Annual report on the health of the army in India
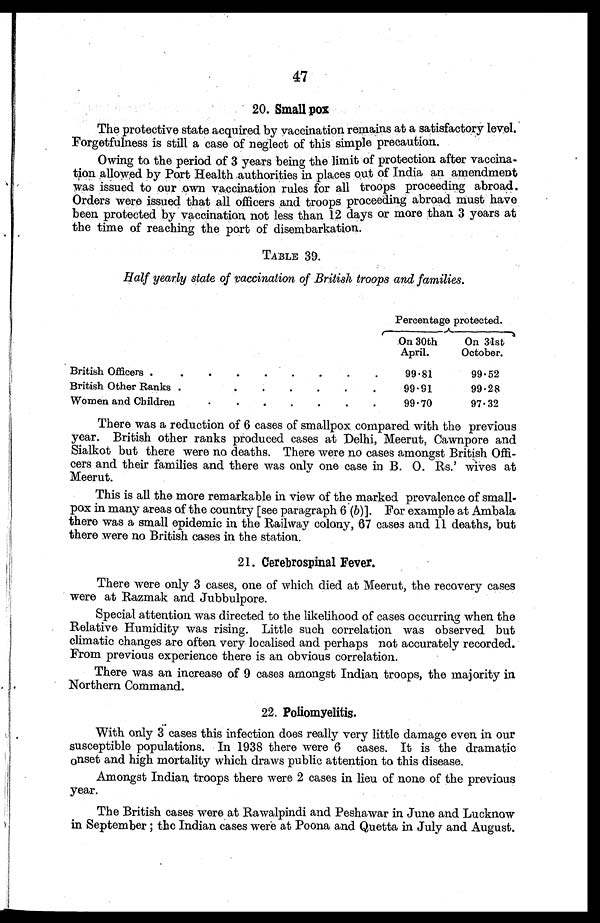
47
20. Small pox
The protective state acquired by vaccination remains at a satisfactory level.
Forgetfulness is still a case of neglect of this simple precaution.
Owing to the period of 3 years being the limit of protection after vaccina
tion allowed by Port Health authorities in places out of India an amendment
was issued to our own vaccination rules for all troops proceeding abroad.
Orders were issued that all officers and troops proceeding abroad must have
been protected by vaccination not less than 12 days or more than 3 years at
the time of reaching the port of disembarkation.
TABLE 39.
Half yearly state of vaccination of British troops and families.
Percentage protected.
On 30th
April.
On 31st
October.
British Officers .
.
.
.
.
.
.
.
.
99.81
99.52
British Other Ranks .
.
.
.
.
.
.
99.91
99.28
Women and Children
•
•
•
•
•
•
•
99.70
97.32
There was a reduction of 6 cases of smallpox compared with the previous
year. British other ranks produced cases at Delhi, Meerut, Cawnpore and
Sialkot but there were no deaths. There were no cases amongst British Offi
cers and their families and there was only one case in B. 0. Rs.' wives at
Meerut.
This is all the more remarkable in view of the marked prevalence of small-
pox in many areas of the country [see paragraph 6 ( b )]. For example at Ambala
there was a small epidemic in the Railway colony, 67 cases and 11 deaths, but
there were no British cases in the station.
21. Cerebrospinal Fever.
There were only 3 cases, one of which died at Meerut, the recovery cases
were at Razmak and Jubbulpore.
Special attention was directed to the likelihood of cases occurring when the
Relative Humidity was rising. Little such correlation was observed but
climatic changes are often very localised and perhaps not accurately recorded.
From previous experience there is an obvious correlation.
There was an increase of 9 cases amongst Indian troops, the majority in
Northern Command.
22. Poliomyelitis.
With only 3 cases this infection does really very little damage even in our
susceptible populations. In 1938 there were 6 cases. It is the dramatic
onset and high mortality which draws public attention to this disease.
Amongst Indian troops there were 2 cases in lieu of none of the previous
year.
The British cases were at Rawalpindi and Peshawar in June and Lucknow
in September ; the Indian cases were at Poona and Quetta in July and August.